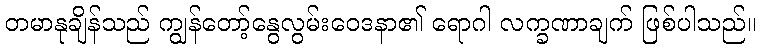
တမာနုချိန်သည် ကျွန်တော့်နွေလွမ်းဝေဒနာ၏ ရောဂါ လက္ခဏာချက် ဖြစ်ပါသည်။